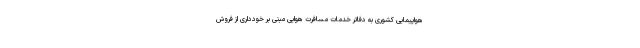
هواپیمایی کشوری به دفاتر خدمات مسافرت هوایی مبنی بر خودداری از فروش